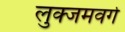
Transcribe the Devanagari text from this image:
लुक्जमवर्ग